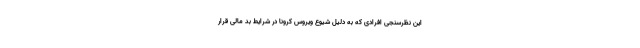
این نظرسنجی افرادی که به دلیل شیوع ویروس کرونا در شرایط بد مالی قرار